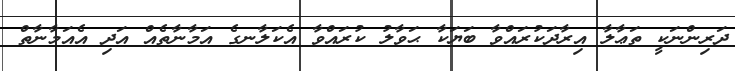
ދަރިންނަކީ ތަޢާލާ އިރާދަކުރައްވާ ބަޔަކާ ޙަވާލު ކުރައްވާ އެކަލާނގެ އަމާނާތެއް އަދި އެއަމާނާތް